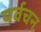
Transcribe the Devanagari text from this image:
पर्वचन